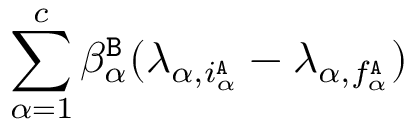
\sum _ { \alpha = 1 } ^ { c } \beta _ { \alpha } ^ { \tt B } ( \lambda _ { \alpha , i _ { \alpha } ^ { \tt A } } - \lambda _ { \alpha , f _ { \alpha } ^ { \tt A } } )